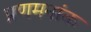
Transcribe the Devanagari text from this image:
प्रणमनांक